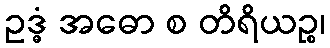
ဥဒ္ဓံ အဓော စ တိရိယဉ္စ၊